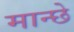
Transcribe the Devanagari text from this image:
मान्छे